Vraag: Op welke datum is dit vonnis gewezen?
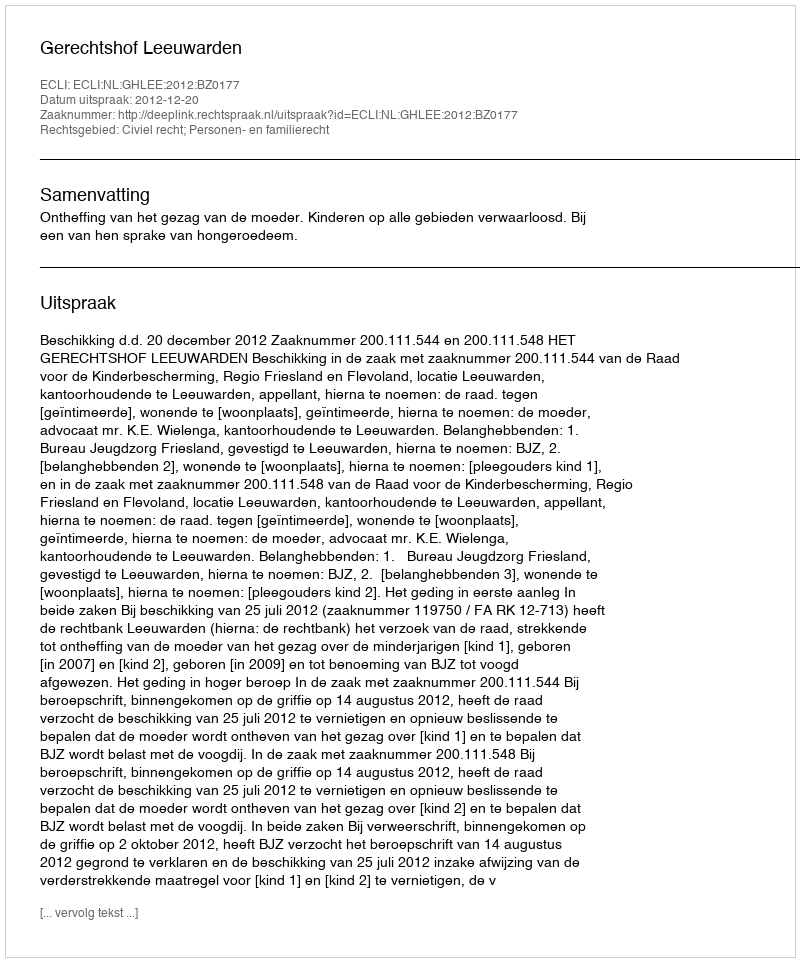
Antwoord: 2012-12-20